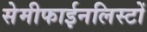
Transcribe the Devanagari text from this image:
सेमीफाईनलिस्टों